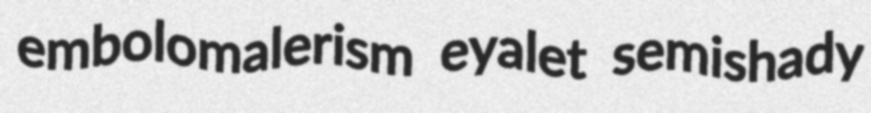
embolomalerism eyalet semishady